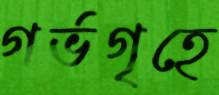
গর্ভগৃহে